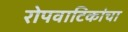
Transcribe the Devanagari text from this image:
रोपवाटिकांचा